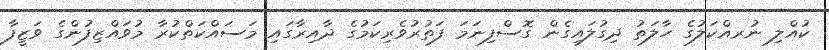
ކުއްލި ނުރއްކަލުގެ ހާލަތު ދިގުލައިގެން ގޮސްފިނަމަ ފަތުރުވެރިކަމުގެ ދާއިރާގައި މަސައްކަތްކުރާ މުވައްޒިފުންގެ ވަޒީފާ